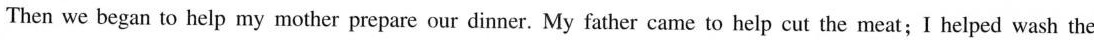
Then we began to help my mother prepare our dinner. My father came to help cut the meat;I helped wash the